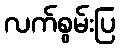
လက်စွမ်းပြ